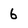
Character: 6